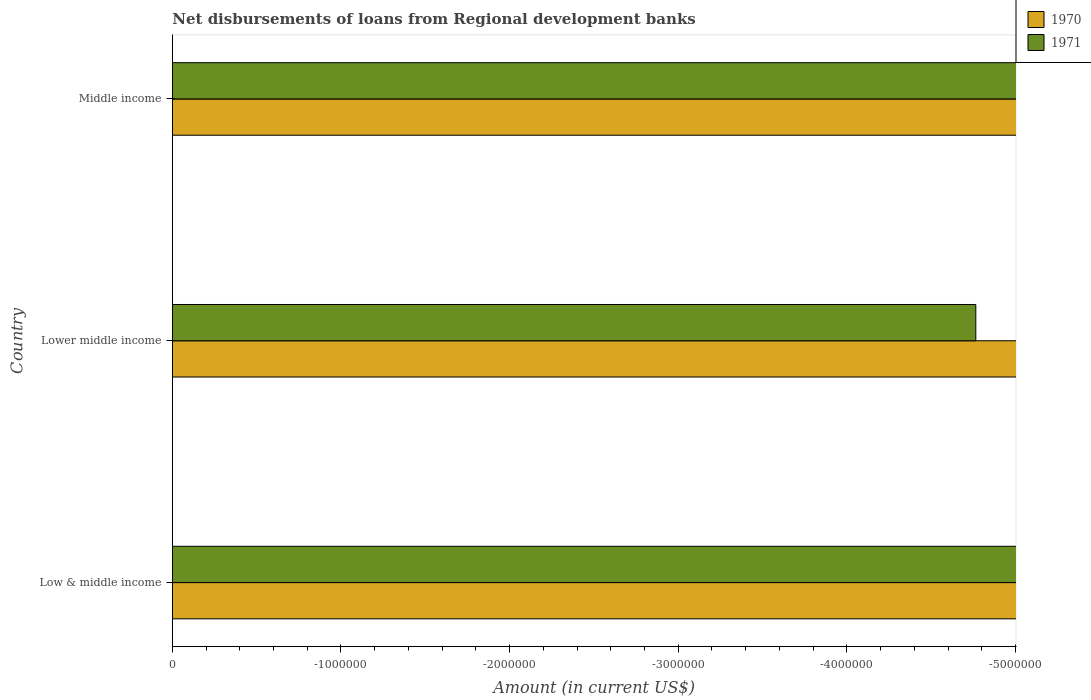
| Country | 1970 | 1971 |
 | --- | --- | --- |
 | Low & middle income | -2.02e+08 | -1.57e+07 |
 | Lower middle income | -2.02e+08 | -4.76e+06 |
 | Middle income | -2.02e+08 | -1.22e+07 |